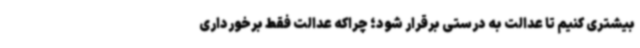
بیشتری کنیم تا عدالت به درستی برقرار شود؛ چراکه عدالت فقط برخورداری